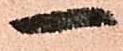
一